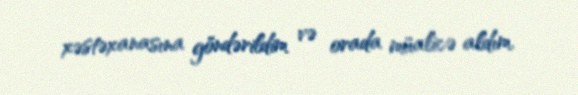
xəstəxanasına göndərildim və orada müalicə aldım.